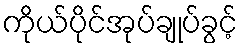
ကိုယ်ပိုင်အုပ်ချုပ်ခွင့်